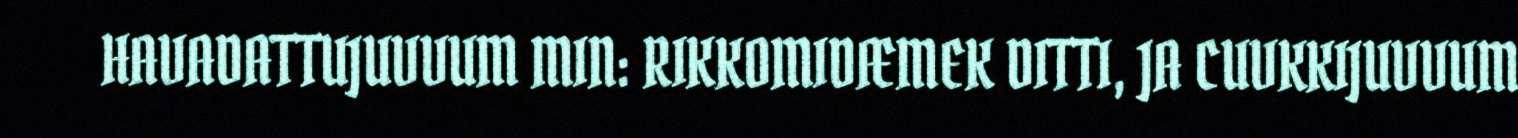
HAVADATTUJUVVUM MIN: RIKKOMIDÆMEK DITTI, JA CUVKKIJUVVUM